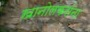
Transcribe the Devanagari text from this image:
खानोलकरांना